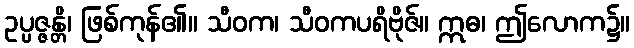
ဥပ္ပဇ္ဇန္တိ၊ ဖြစ်ကုန်၏။ သီဝက၊ သီဝကပရိဗိုဇ်။ ဣဓ၊ ဤလောက၌။